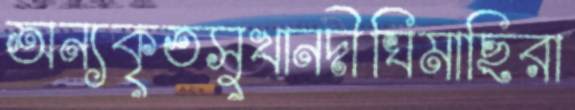
অন্যকৃতসুখানদীঘিমাছিরা